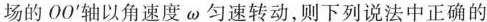
场的OO^{\prime}轴以角速度\omega 匀速转动，则下列说法中正确的